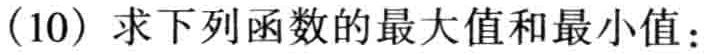
(10) 求下列函数的最大值和最小值：